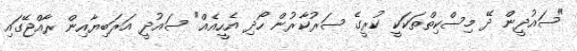
"ސައުދީން ދޭ މިސްކިތްތަކަކީ ކުރީގެ ސަރުކާރުން ހޯދި އެހީއެއް" ސައުދީ އަރަބިޔާއިން ރާއްޖޭގައި